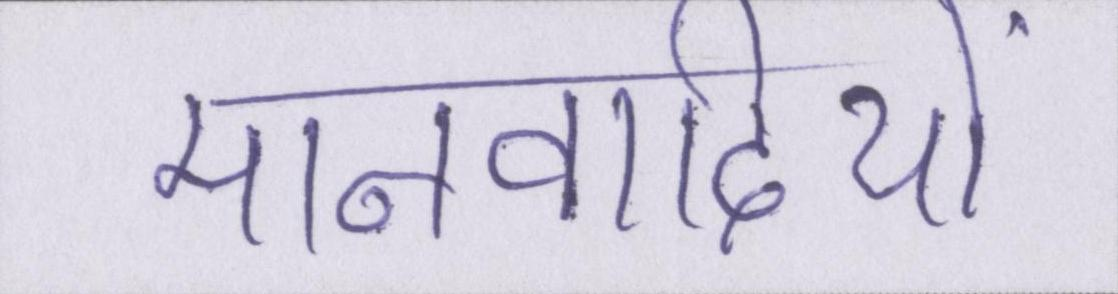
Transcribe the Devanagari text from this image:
मानवादियों